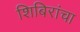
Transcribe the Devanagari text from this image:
शिबिरांचा